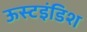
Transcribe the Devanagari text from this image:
ऊस्टइंडिश